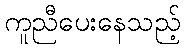
ကူညီပေးနေသည့်